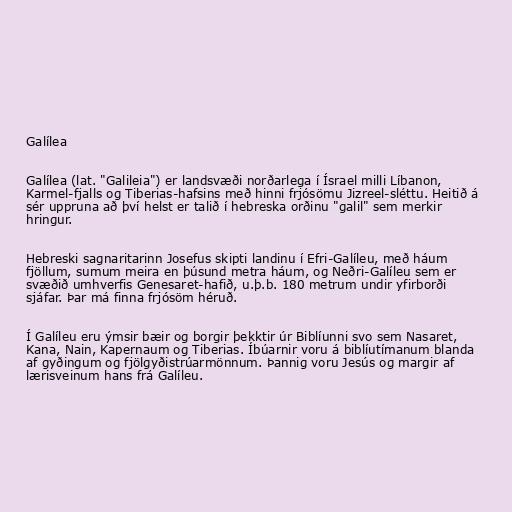
Galílea

Galílea (lat. "Galileia") er landsvæði norðarlega í Ísrael milli Líbanon,
Karmel-fjalls og Tiberias-hafsins með hinni frjósömu Jizreel-sléttu. Heitið á
sér uppruna að því helst er talið í hebreska orðinu "galil" sem merkir
hringur.

Hebreski sagnaritarinn Josefus skipti landinu í Efri-Galíleu, með háum
fjöllum, sumum meira en þúsund metra háum, og Neðri-Galíleu sem er
svæðið umhverfis Genesaret-hafið, u.þ.b. 180 metrum undir yfirborði
sjáfar. Þar má finna frjósöm héruð.

Í Galíleu eru ýmsir bæir og borgir þekktir úr Biblíunni svo sem Nasaret,
Kana, Nain, Kapernaum og Tiberias. Íbúarnir voru á biblíutímanum blanda
af gyðingum og fjölgyðistrúarmönnum. Þannig voru Jesús og margir af
lærisveinum hans frá Galíleu.